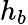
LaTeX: h_{b}